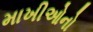
માખીઓનો